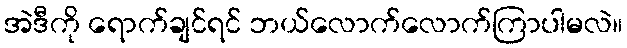
အဲဒီကို ရောက်ချင်ရင် ဘယ်လောက်လောက်ကြာပါမလဲ။